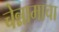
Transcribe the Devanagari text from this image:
चेन्नामाचा